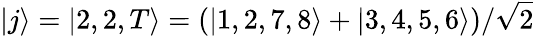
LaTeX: |j\rangle=|2,2,T\rangle=\left(|1,2,7,8\rangle+|3,4,5,6\rangle\right)/\sqrt{2}